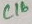
Text: C16